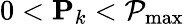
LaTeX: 0<\mathbf{P}_{k}<\mathcal{P}_{\operatorname*{max}}